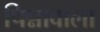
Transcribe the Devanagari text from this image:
पिन्नावाला